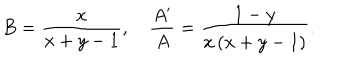
LaTeX: B = \frac { x } { x + y - 1 } , \quad \frac { A ^ { \prime } } { A } = \frac { 1 - y } { x \left( x + y - 1 \right) } .